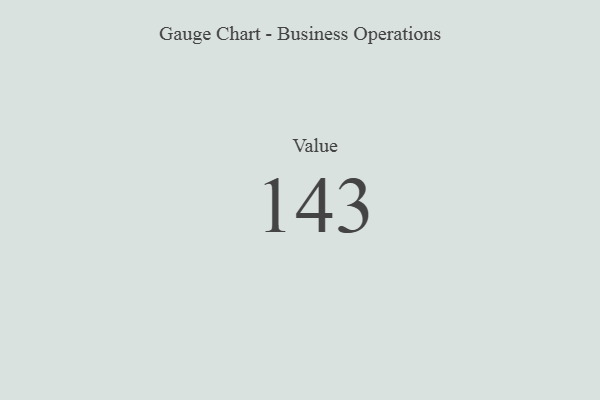
{"axis": {"x": "Metric", "y": "Value"}, "legend": [""], "data": [{"x": "Value", "y": 143, "type": ""}]}